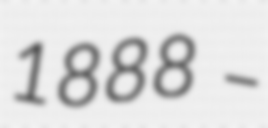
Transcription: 1888 –